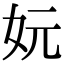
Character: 妧